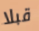
قبلا